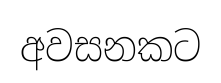
අවසනකට